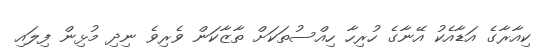
ކިއާރާގެ އަޑާއެކު އޭނާގެ ހުރިހާ ހިއްސުތަކަށް ތާޒާކަން ވެރިވެ ނިދި މުޅިން ފިލައި